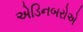
એડિનબરોએ